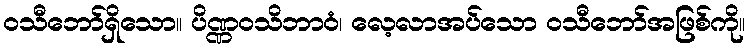
ဝသီဘော်ရှိသော။ ပိဏ္ဏဝသိဘာဝံ၊ လေ့လာအပ်သော ဝသီဘော်အဖြစ်ကို။